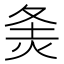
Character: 𰞓